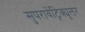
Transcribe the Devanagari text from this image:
सुपरावेंट्रिक्यूलर